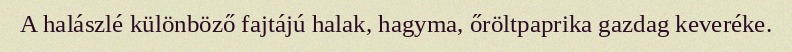
A halászlé különböző fajtájú halak, hagyma, őröltpaprika gazdag keveréke.